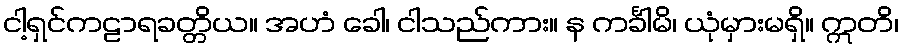
ငါ့ရှင်ကဠာရခတ္တိယ။ အဟံ ခေါ၊ ငါသည်ကား။ န ကင်္ခါမိ၊ ယုံမှားမရှိ။ ဣတိ၊